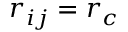
r _ { i j } = r _ { c }